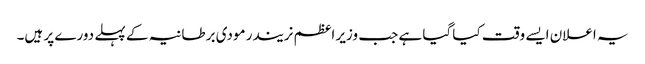
یہ اعلان ایسے وقت کیا گیا ہے جب وزیر اعظم نریندر مودی برطانیہ کے پہلے دورے پر ہیں۔